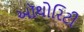
અૉથોરિટી